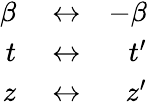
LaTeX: \begin{array}{rlr}{\beta}&{{}\leftrightarrow}&{-\beta}\\ {t}&{{}\leftrightarrow}&{t^{\prime}}\\ {z}&{{}\leftrightarrow}&{z^{\prime}}\end{array}